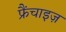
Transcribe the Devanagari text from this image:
फ्रैंचाइज़